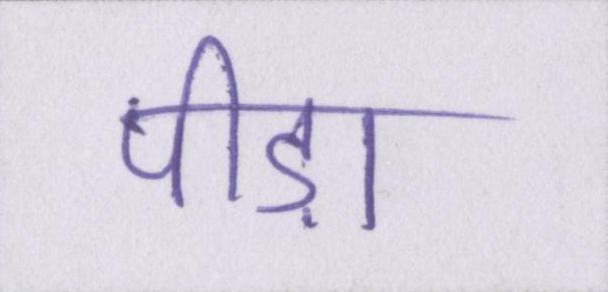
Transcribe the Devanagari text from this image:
पीड़ा